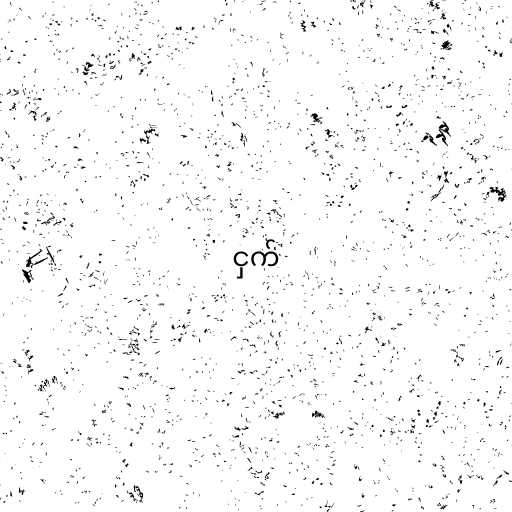
ငှက်